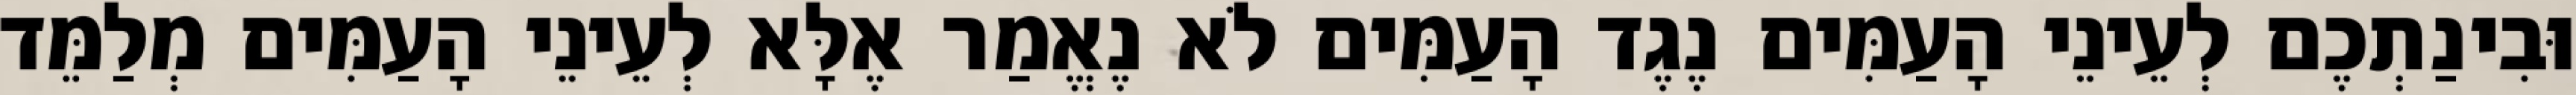
וּבִינַתְכֶם לְעֵינֵי הָעַמִּים נֶגֶד הָעַמִּים לֹא נֶאֱמַר אֶלָּא לְעֵינֵי הָעַמִּים מְלַמֵּד